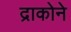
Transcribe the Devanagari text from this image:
द्राकोने